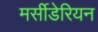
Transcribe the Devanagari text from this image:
मर्सीडेरियन